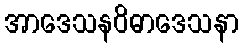
အာဒေသနဝိဓာဒေသနာ